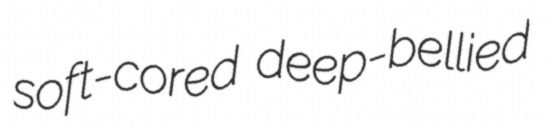
soft-cored deep-bellied